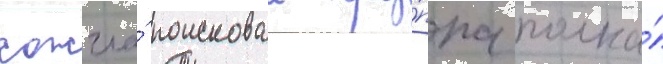
сожгла́ поисковаа гру́ппа полка́